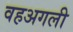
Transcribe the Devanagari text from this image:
वहअगली